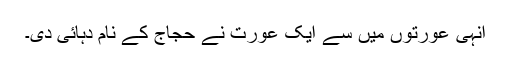
انہی عورتوں میں سے ایک عورت نے حجاج کے نام دہائی دی۔